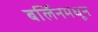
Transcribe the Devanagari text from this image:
बर्लिनमधून